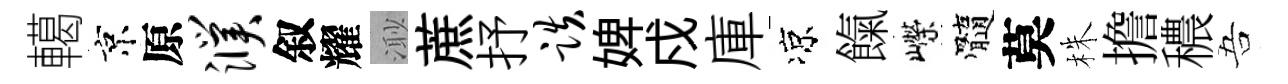
轕京原濮叙耀𣺌蔗抒跌婢戍庫凉餼嶸髓莫株擔穠吾